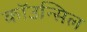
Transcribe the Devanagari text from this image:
कॉउन्सिल